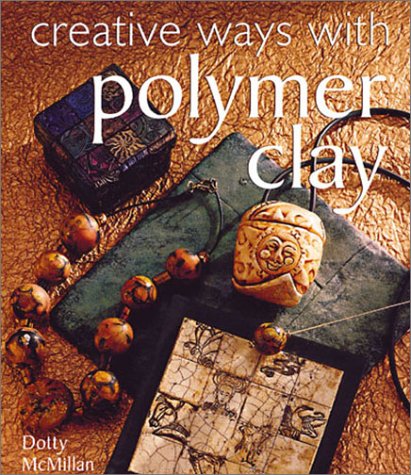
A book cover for Creative Ways with Polymer Clay; Dotty McMillan; Crafts, Hobbies & Home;